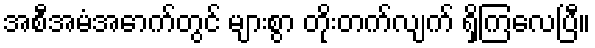
အစီအမံအောက်တွင် များစွာ တိုးတက်လျက် ရှိကြလေပြီ။